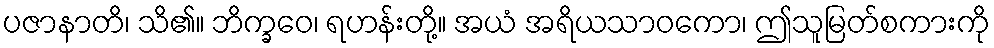
ပဇာနာတိ၊ သိ၏။ ဘိက္ခဝေ၊ ရဟန်းတို့။ အယံ အရိယသာဝကော၊ ဤသူမြတ်စကားကို